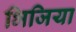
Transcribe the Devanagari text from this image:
भिजिया